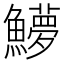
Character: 𬵳